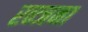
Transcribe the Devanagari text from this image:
रन्जना